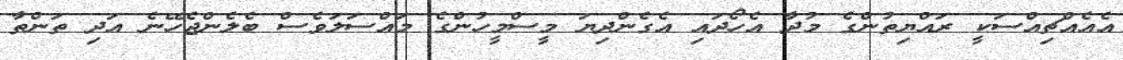
އެއެއްޗިއްސަކީ ރައްޔިތުންގެ މުދާ އެހޯދައި އެގެންދިޔަ މީސްމީހުންގެ މައްސަލަވެސް ބެލެންޖެހޭނެ އަދި ތަންތާ